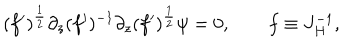
( f ^ { \prime } ) ^ { \frac { 1 } { 2 } } \partial _ { z } ( f ^ { \prime } ) ^ { - 1 } \partial _ { z } ( f ^ { \prime } ) ^ { \frac { 1 } { 2 } } \psi = 0 , \qquad f \equiv J _ { H } ^ { - 1 } ,